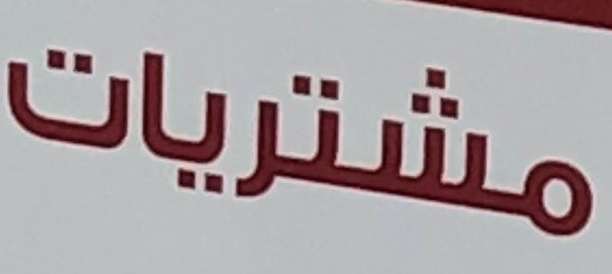
مشتريات